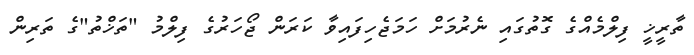
ތާރީޚީ ފިލްމެއްގެ ގޮތުގައި ނެރުމަށް ހަމަޖެހިފައިވާ ކަރަން ޖޯހަރުގެ ފިލްމު "ތަޚްތު"ގެ ތަރިން